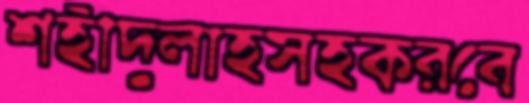
শহীদুলাহসহকরবে